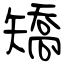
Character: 矯